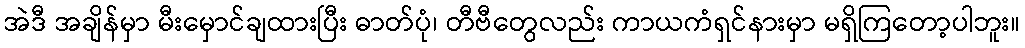
အဲဒီ အချိန်မှာ မီးမှောင်ချထားပြီး ဓာတ်ပုံ၊ တီဗီတွေလည်း ကာယကံရှင်နားမှာ မရှိကြတော့ပါဘူး။